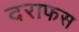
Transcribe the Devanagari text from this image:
दराफस